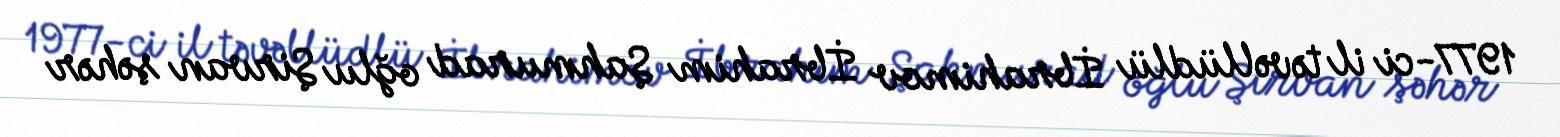
1977-ci il təvəllüdlü İbrahimov İbrahim Şahmurad oğlu Şirvan şəhər